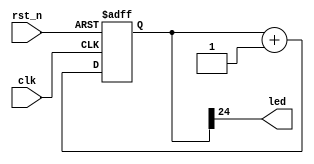
`timescale 1ns / 1ps
////////////////////////////////////////////////////////////////////////////////
// Company		: 
// Design Name	: johnson
// Module Name	: johnson
// Project Name	: johnson
// Target Device: Cyclone EP1C3T144C8 
// Tool versions: Quartus II 8.1
// Description	: ASJTAG
//					
// Revision		: V1.0
// Additional Comments	:  
// EDNFPGA/CPLDhttp://group.ednchina.com/1375/
////////////////////////////////////////////////////////////////////////////////
module johnson(
			clk,rst_n,
			led
		);

input clk;		//25MHz
input rst_n;	//
output led;		// LED

//------------------------------------
reg[24:0] delay;	//

always @ (posedge clk or negedge rst_n)
	if(!rst_n) delay <= 25'd0;
	else delay <= delay+1'b1;	//1.34s

assign led = delay[24];		//1.34s LED

endmodule